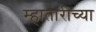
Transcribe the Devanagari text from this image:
म्हातारीच्या